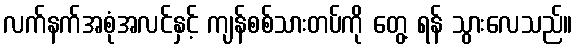
လက်နက်အစုံအလင်နှင့် ကျန်စစ်သားတပ်ကို တွေ့ ရန် သွားလေသည်။